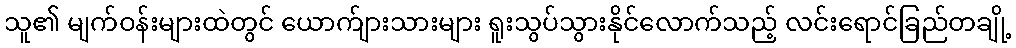
သူ၏ မျက်ဝန်းများထဲတွင် ယောက်ျားသားများ ရူးသွပ်သွားနိုင်လောက်သည့် လင်းရောင်ခြည်တချို့